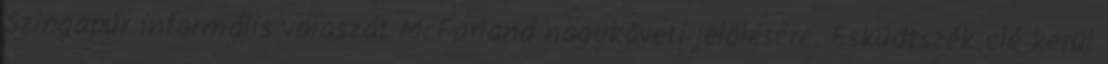
Szingapúr informális válaszát McFarland nagyköveti jelölésére. Esküdtszék elé kerül